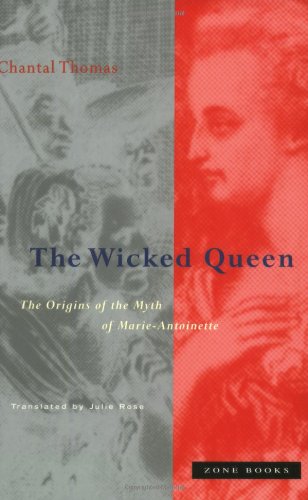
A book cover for The Wicked Queen: The Origins of the Myth of Marie-Antoinette; Chantal Thomas; Gay & Lesbian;